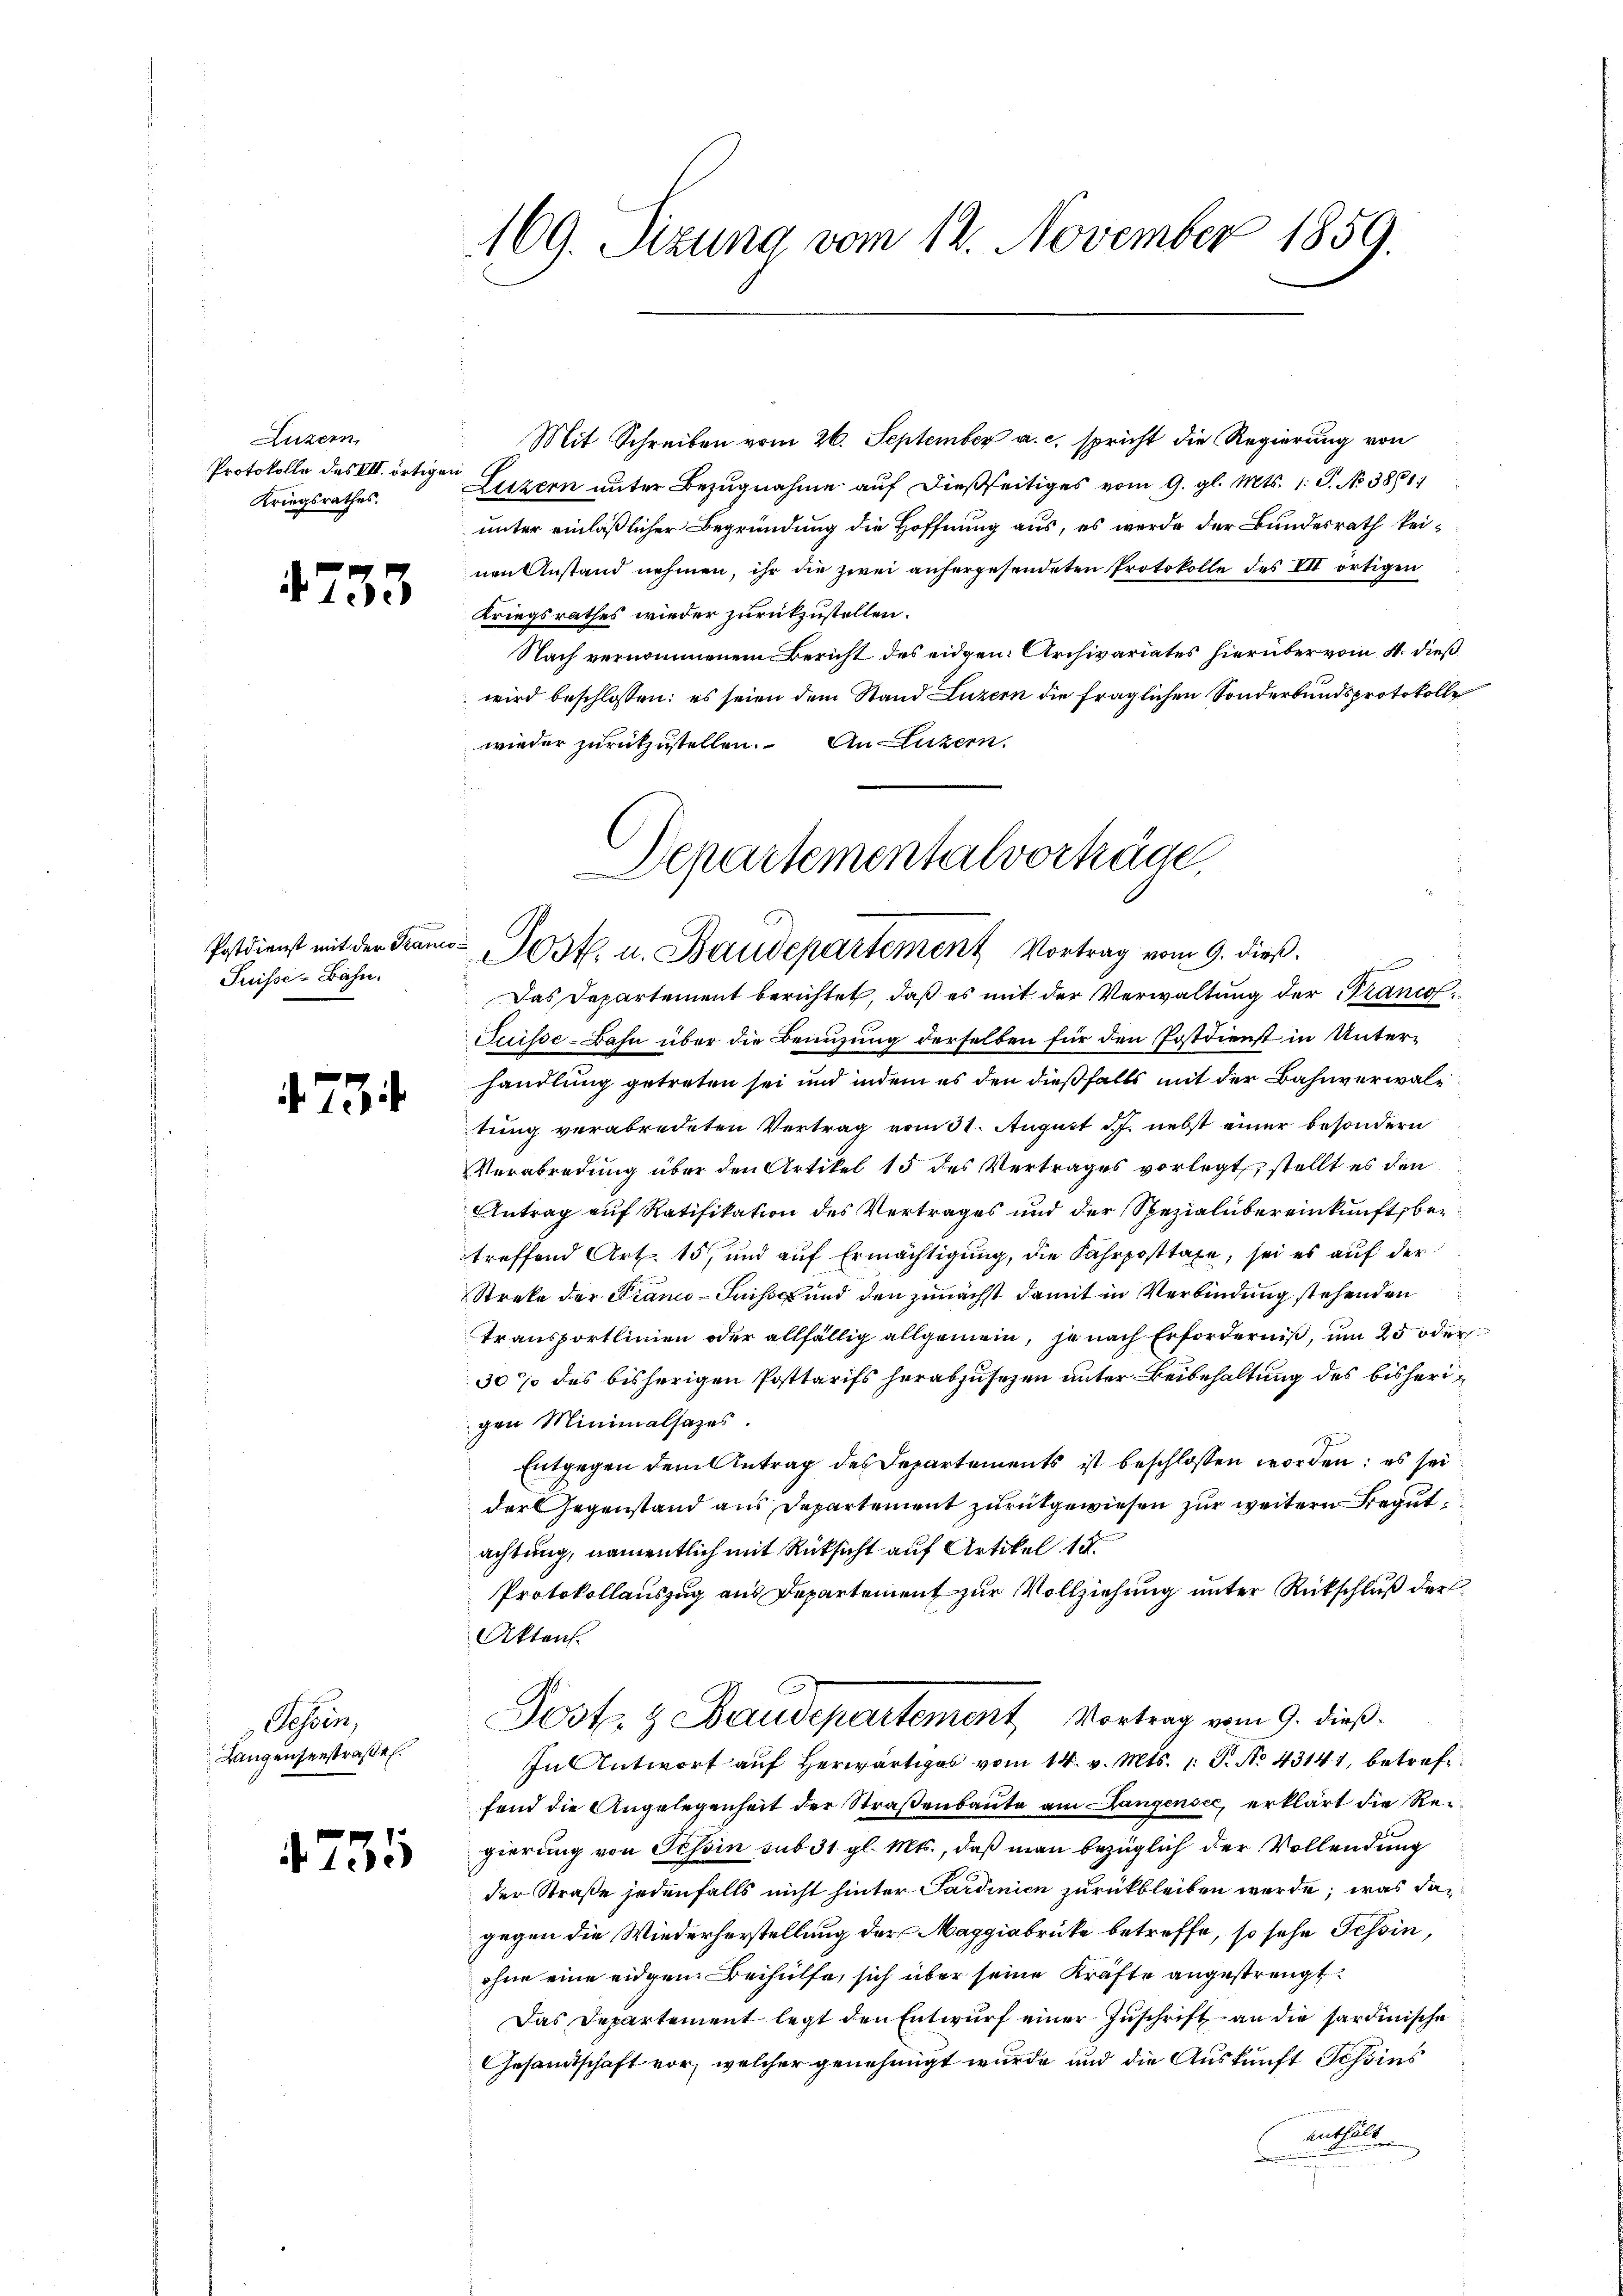
Luzern
Protokolle des VII. örtigen
Kriegsrathes.

4733

Suisse-Bahn.

2

Sessen,
Langensenstraße

731

169. Sizung vom 12. November 1859.

Mit Schreiben vom 26. September a. c. spricht die Regierung von
Luzern unter Bezugnahme auf dießseitiges vom 9. gl. Mts. 1. P. No 3861.
unter einläßlicher Begründung die Hoffnung aus, es werde der Bundesrath keinen Anstand nehmen, ihr die zwei anhergesendeten Protokolle des VII ortigen
Kriegsrathes wieder zurükzustellen.
Nach vernommenem Bericht des eidgen. Archivariates hierüber vom 4. dieß
wird beschlossen: es seien dem Stand Luzern die fraglichen Sonderbundsprotokolle
wieder zurückzustellen. An Luzern.
Puisse-Bahn über die Benuzung derselben für den Postdienst in Unterhandlung getreten sei und indem es den dießfalls mit der Bahnverwaltung verabredeten Vertrag vom 31. August d. J. nebst einer besondern
VVerabredung über den Artikel 15 des Vertrages vorlegt, stellt es den
Antrag auf Ratifikation des Vertrages und der Spezialübereinkunft betreffend Art. 15, und auf Ermächtigung, die Fahrposttaxe, sei es auf der
Streke der Franco-Suisse und den zunächst damit in Verbindung stehenden
transportlinien oder allfällig allgemein, je nach Erforderniß, um 25 oder
30% des bisherigen Posttarifs herabzusetzen unter Beibehaltung des bisherigen Minimalsazes.
Entgegen dem Antrag des Departements ist beschlossen worden; es sei
der Gegenstand aus Departement zurükgewiesen zur weitern Begut
achtung, namentlich mit Rücksicht auf Artikel 15
Protokollauszug aus Departement zur Vollziehung unter Rückschluß der
Akten.
Post. & Baudepartement, Vortrag vom 9. dieß.
In Antwort aŭf herwärtiges vom 14. v. Mts. 1. P. No 43141, betreffend die Angelegenheit der Straßenbaute am Langensee, erklärt die Regierung von Tessin sub 31. gl. Mts., daß man bezüglich der Vollendung
der Straße jedenfalls nicht hinter Sardinien zurückbleiben werde, was dagegen die Wiederherstellung der Maggiabrücke betreffe, so sehe Tessin,
ohne eine eidgen Beihülfe, sich über seine Kräfte angestrengt.
Das Departement legt den Entwurf einer Zuschrift an die sardinische
Gesandtschaft vor, welcher genehmigt wurde und die Auskunft Schönes
enthalt

Departementalvorträge
Postdienst mit der Franco- Post. u. Baudepartement Vortrag vom 9. dieß.
f
Das Departement berichtet, daß es mit der Verwaltung der Franco¬